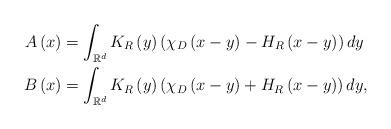
LaTeX: \begin{align*}A\left( x\right) & =\int_{\mathbb{R}^{d}}K_{R}\left( y\right)\left( \chi_{D}\left( x-y\right) -H_{R}\left( x-y\right) \right)dy\\B\left( x\right) & =\int_{\mathbb{R}^{d}}K_{R}\left( y\right)\left( \chi_{D}\left( x-y\right) +H_{R}\left( x-y\right) \right)dy,\end{align*}